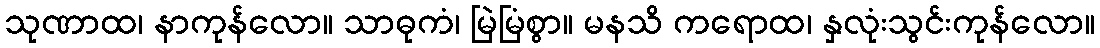
သုဏာထ၊ နာကုန်လော။ သာဓုကံ၊ မြဲမြံစွာ။ မနသိ ကရောထ၊ နှလုံးသွင်းကုန်လော။